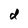
Character: d